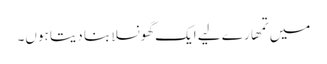
میں تمھارے لیے ایک گھونسلا بنا دیتا ہوں۔